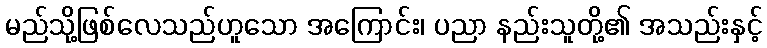
မည်သို့ဖြစ်လေသည်ဟူသော အကြောင်း၊ ပညာ နည်းသူတို့၏ အသည်းနှင့်